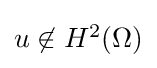
{\textstyle u\not \in H^{2}(\Omega )}